Vabadussoja_Ajaloo_Komitee, lk 52
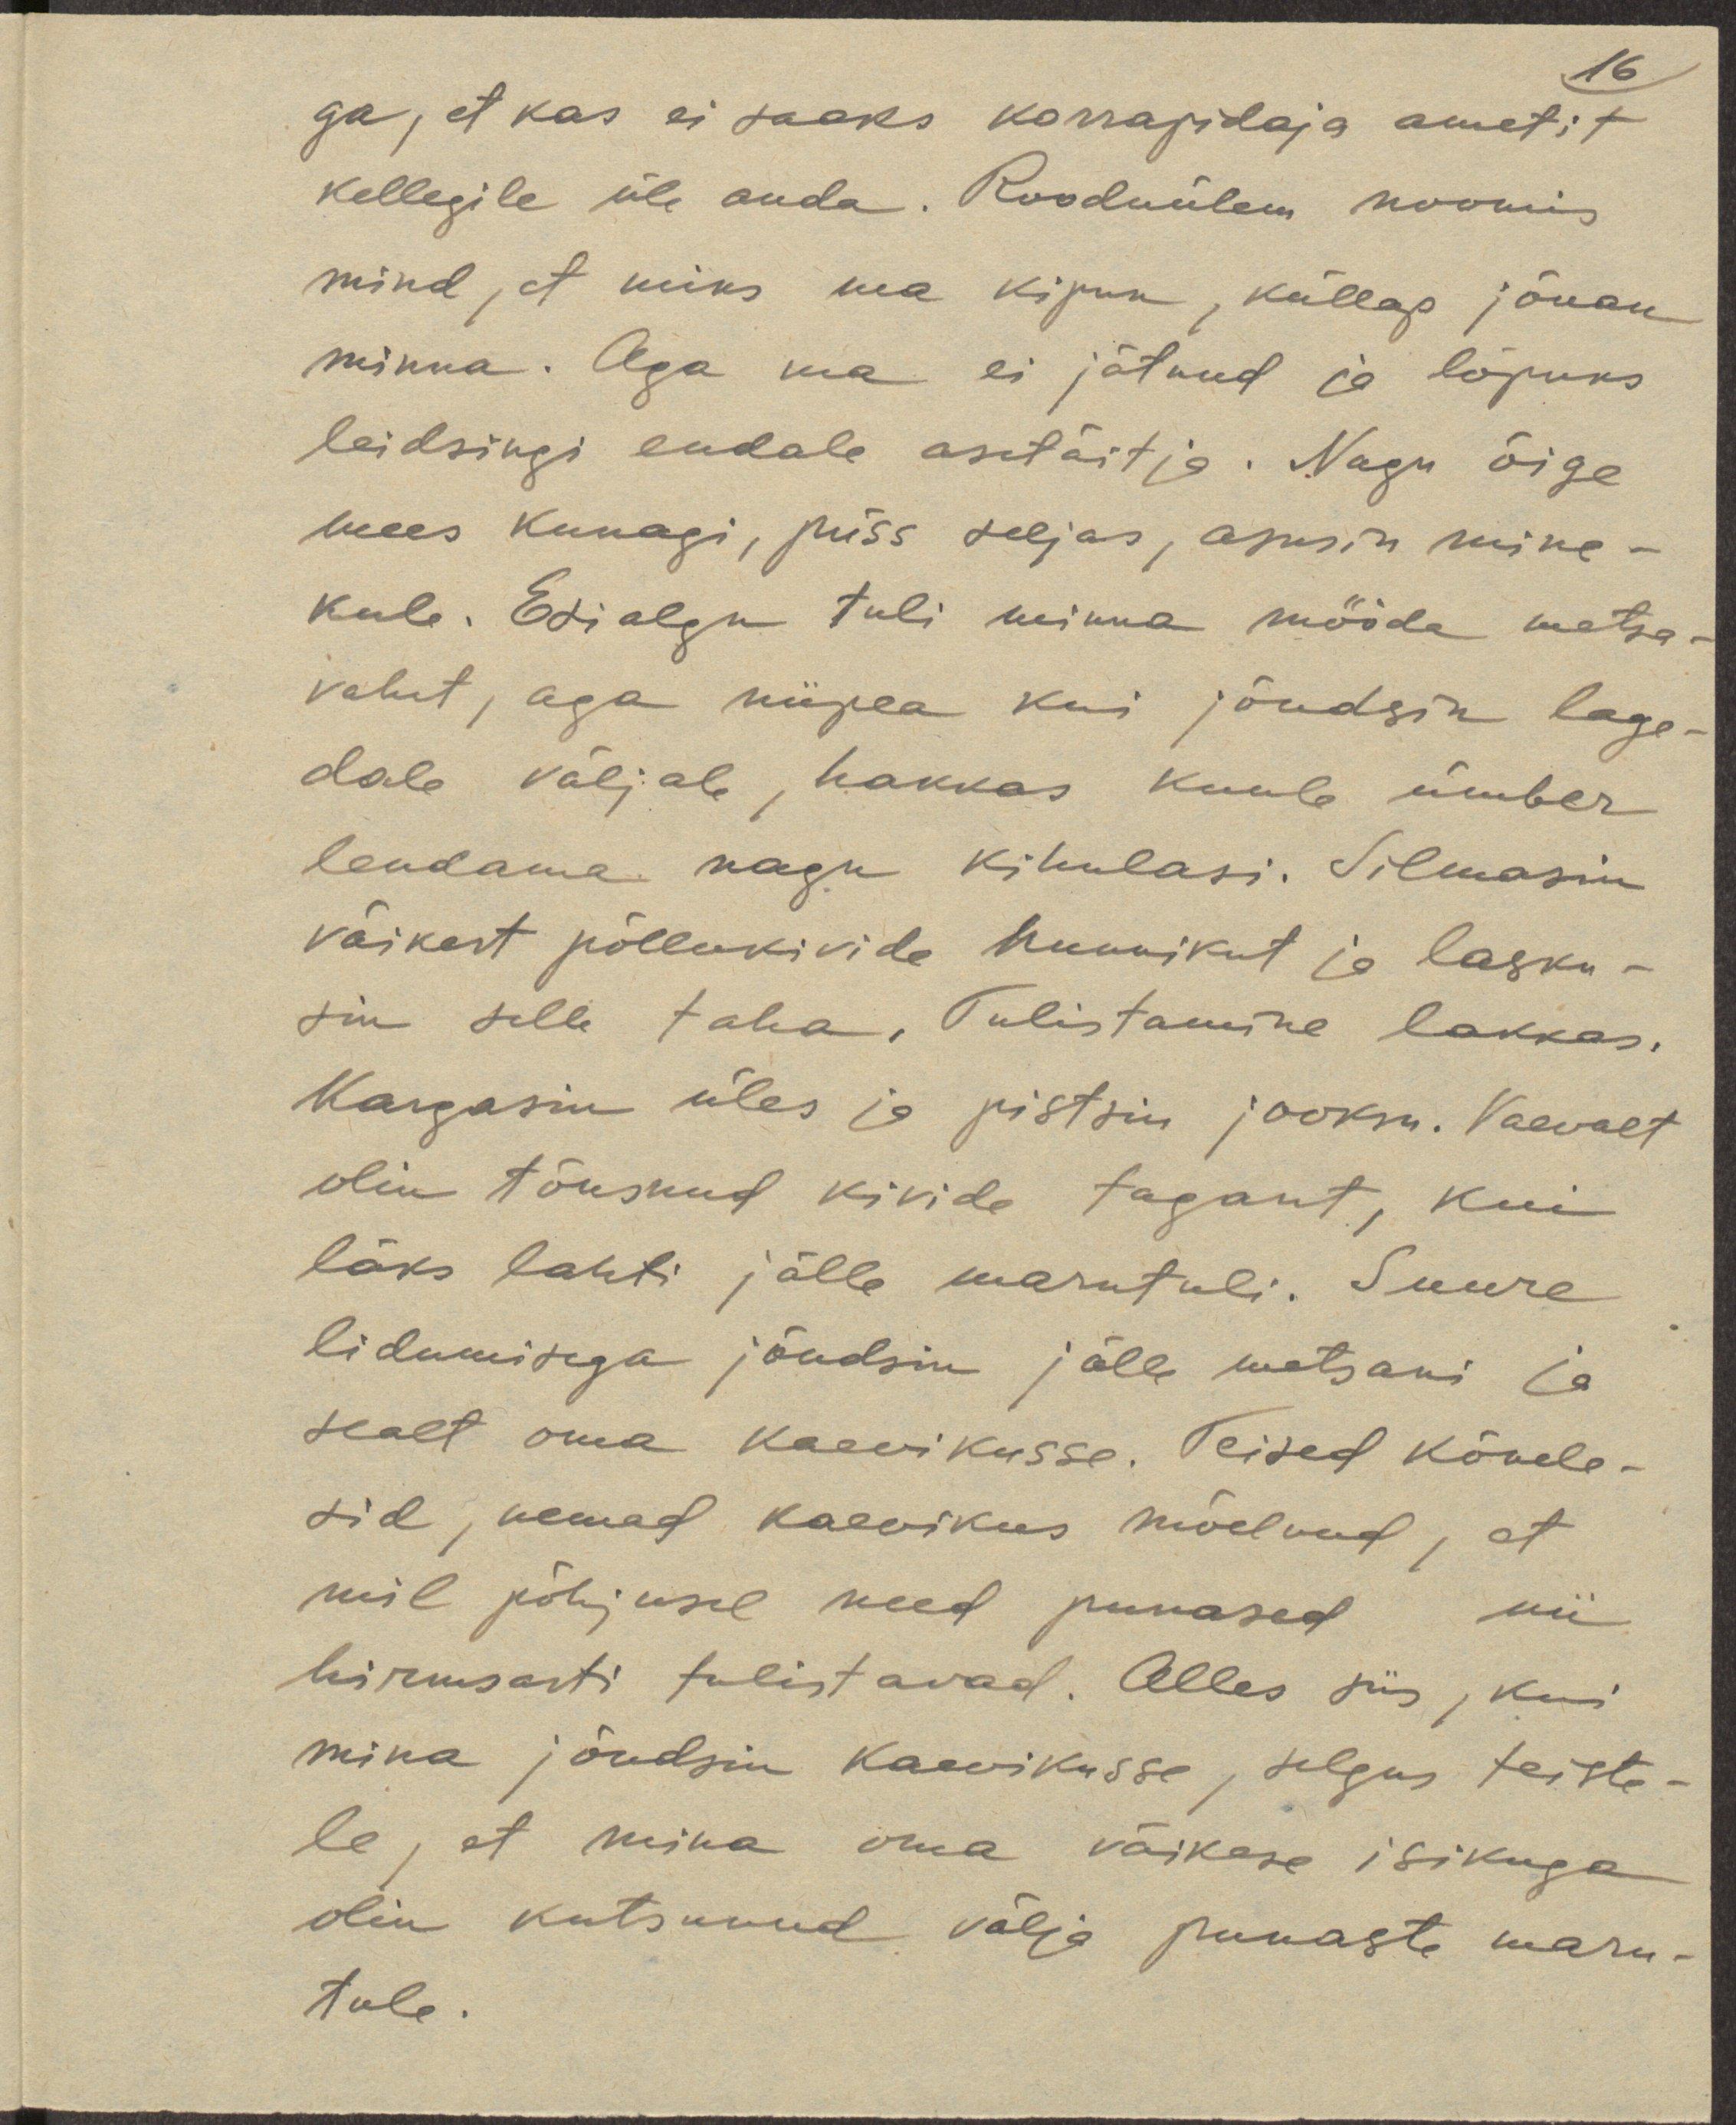
16
ga, et kas ei saaks korrapidaja ametit
kellegile üle anda. Rooduülem noomis
mind, et miks ma kipun, küllap jõuan
minna. Aga ma ei jätnud ja lõpuks
leidsingi endale asetäitja. Nagu õige
mees kunagi, püss seljas, asusin mine-
kule. Esialgu tuli minna mööda metsa-
vahet, aga niipea kui jõudsin lage-
dale väljale, hakkas kuule ümber
lendama nagu kihulasi. Silmasin
väikest põllukivide hunnikut ja lasku-
sin selle taha. Tulistamine lakkas.
Kargasin üles ja pistsin jooksu. Vaevalt
olin tõusnud kivide tagant, kui
läks lahti jälle marutuli. Suure
lidumisega jõudsin jälle metsani ja
sealt oma kaevikusse. Teised kõnele-
sid, nemad kaevikus mõelnud, et
mil põhjusel need punased nii
hirmsasti tulistavad. Alles siis, kui
mina jõudsin kaevikusse, selgus teiste-
le, et mina oma väikese isikuga
olin kutsunud välja punaste maru-
tule.